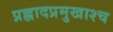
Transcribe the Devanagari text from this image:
प्रह्लादप्रमुखाश्च